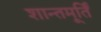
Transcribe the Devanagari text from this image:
शान्तमूर्तिं